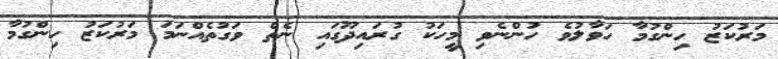
މަރުކަޒު ހިންގުމާ ހަވާލުވެ ހުންނެވި މީހަކު ގުރައިދޫގައި ނެތް ވަގުތެއްނަމަ މަރުކަޒު ހިންގުމާ